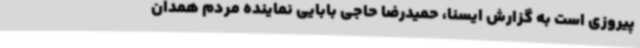
پیروزی است به گزارش ایسنا، حمیدرضا حاجی بابایی نماینده مردم همدان